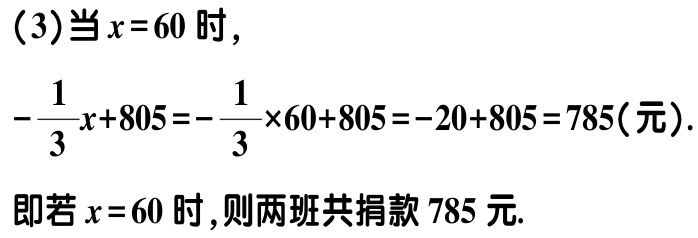
（3）当\(x = 60\)时，
\(-\frac{1}{3}x + 805 = -\frac{1}{3}×60 + 805 = -20 + 805 = 785(\text{元}).\)
即若\(x = 60\)时，则两班共捐款\(785\)元.